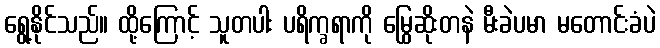
ရွေ့နိုင်သည်။ ထို့ကြောင့် သူတပါး ပရိက္ခရာကို မြွေဆိုးတနဲ မီးခဲပမာ မတောင်းခံပဲ